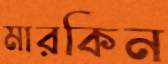
মারকিন